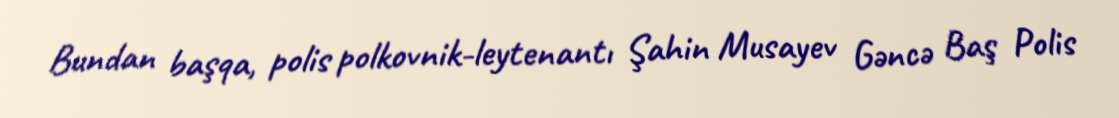
Bundan başqa, polis polkovnik-leytenantı Şahin Musayev Gəncə Baş Polis